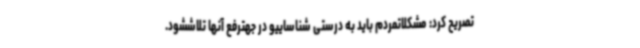
تصریح کرد: مشکلاتمردم باید به درستی شناساییو در جهترفع آنها تلاششود.